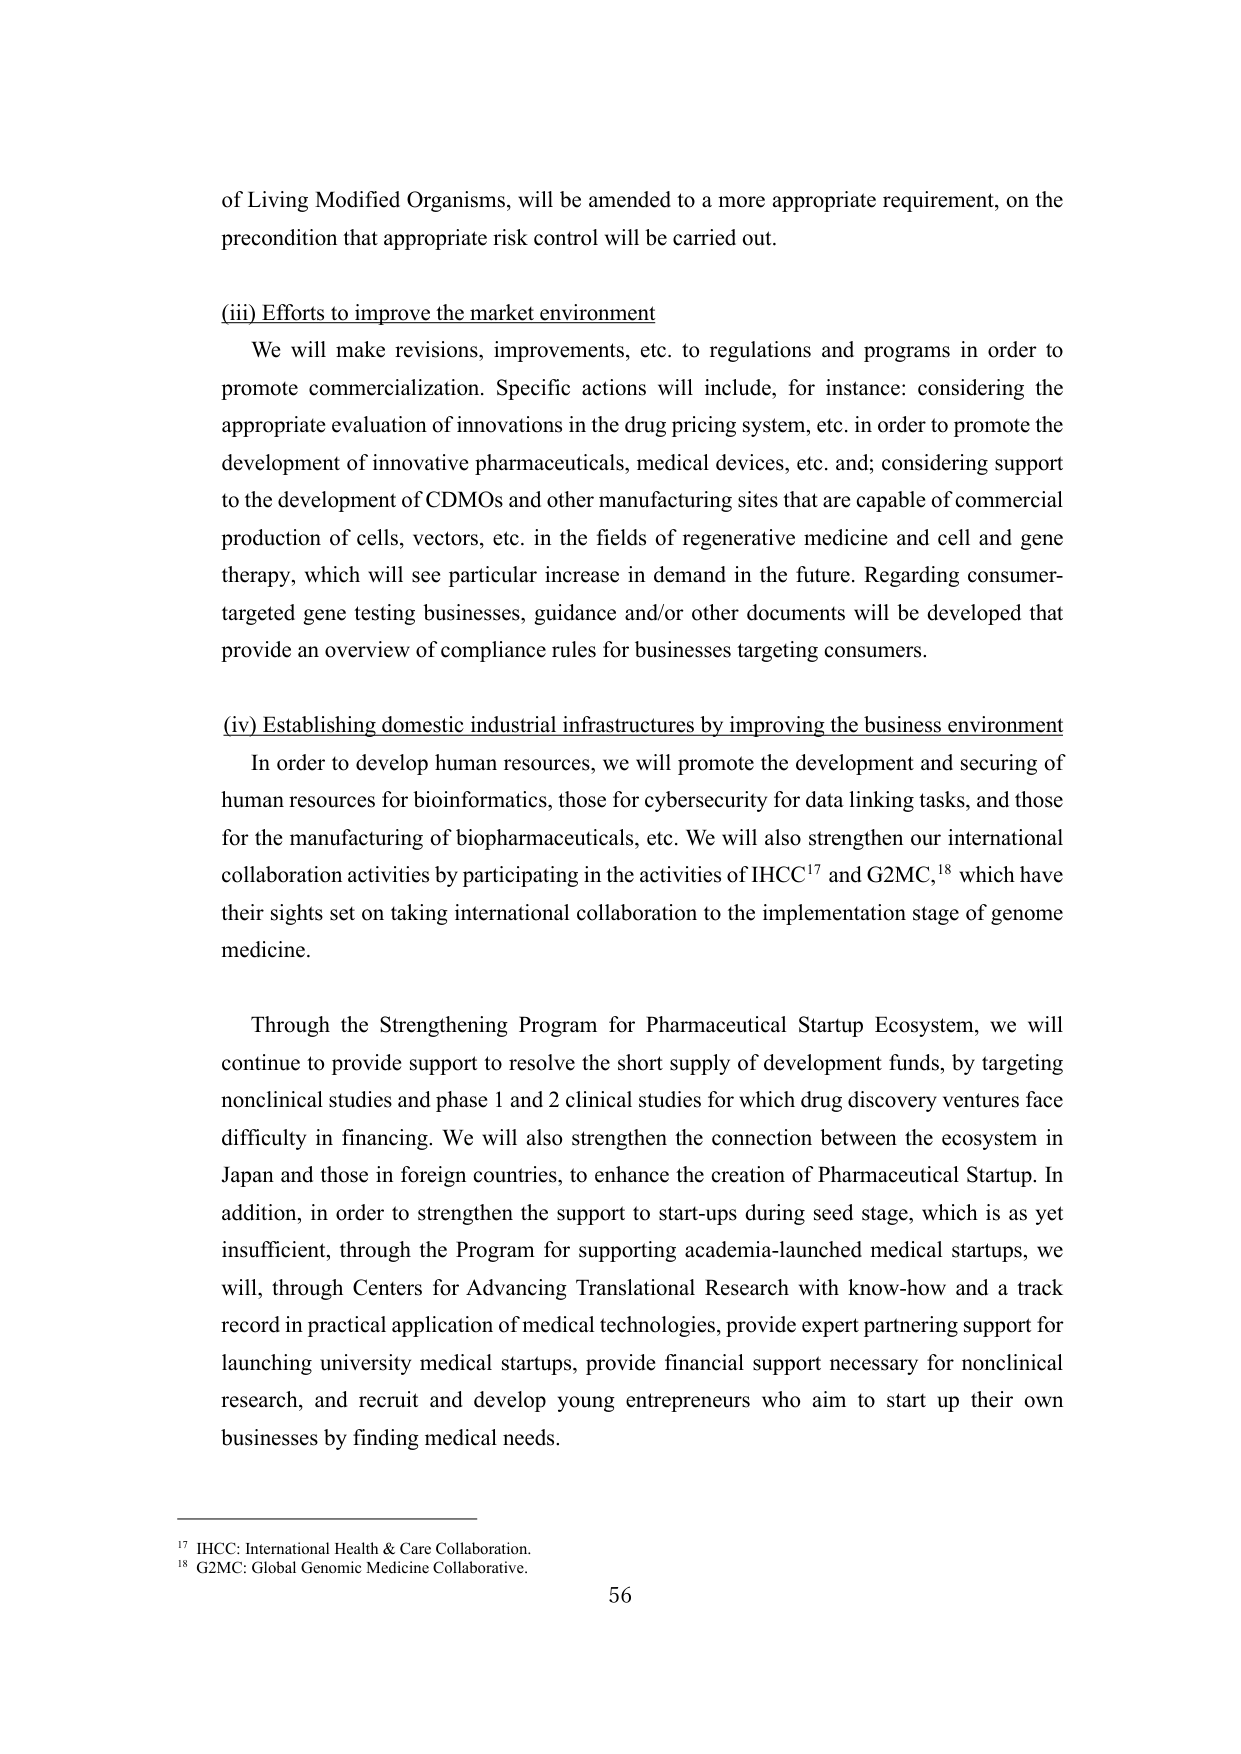
of Living Modified Organisms, will be amended to a more appropriate requirement, on the precondition that appropriate risk control will be carried out.

(iii) Efforts to improve the market environment
We will make revisions, improvements, etc. to regulations and programs in order to promote commercialization. Specific actions will include, for instance: considering the appropriate evaluation of innovations in the drug pricing system, etc. in order to promote the development of innovative pharmaceuticals, medical devices, etc. and; considering support to the development of CDMOs and other manufacturing sites that are capable of commercial production of cells, vectors, etc. in the fields of regenerative medicine and cell and gene therapy, which will see particular increase in demand in the future. Regarding consumer-targeted gene testing businesses, guidance and/or other documents will be developed that provide an overview of compliance rules for businesses targeting consumers.

(iv) Establishing domestic industrial infrastructures by improving the business environment
In order to develop human resources, we will promote the development and securing of human resources for bioinformatics, those for cybersecurity for data linking tasks, and those for the manufacturing of biopharmaceuticals, etc. We will also strengthen our international collaboration activities by participating in the activities of IHCC¹⁷ and G2MC,¹⁸ which have their sights set on taking international collaboration to the implementation stage of genome medicine.

Through the Strengthening Program for Pharmaceutical Startup Ecosystem, we will continue to provide support to resolve the short supply of development funds, by targeting nonclinical studies and phase 1 and 2 clinical studies for which drug discovery ventures face difficulty in financing. We will also strengthen the connection between the ecosystem in Japan and those in foreign countries, to enhance the creation of Pharmaceutical Startup. In addition, in order to strengthen the support to start-ups during seed stage, which is as yet insufficient, through the Program for supporting academia-launched medical startups, we will, through Centers for Advancing Translational Research with know-how and a track record in practical application of medical technologies, provide expert partnering support for launching university medical startups, provide financial support necessary for nonclinical research, and recruit and develop young entrepreneurs who aim to start up their own businesses by finding medical needs.

¹⁷ IHCC: International Health & Care Collaboration.
¹⁸ G2MC: Global Genomic Medicine Collaborative.
56